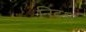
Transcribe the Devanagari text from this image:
निदश्र्न